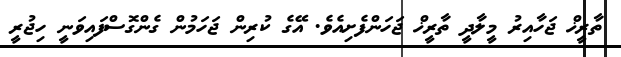
ތާރީޚް ޖަހާއިރު މީލާދީ ތާރީޚް ޖަހަންފެށިއެވެ. އޭގެ ކުރިން ޖަހަމުން ގެންގޮސްފައިވަނީ ހިޖުރީ